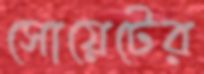
সোয়েটের